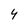
Character: 4